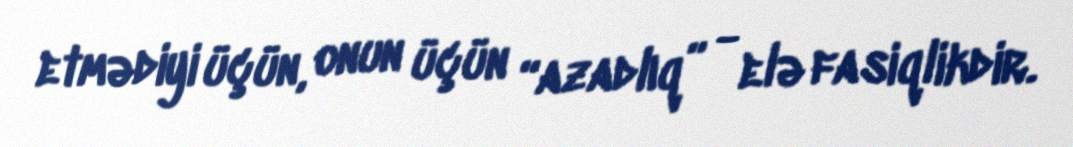
etmədiyi üçün, onun üçün “azadlıq” - elə fasiqlikdir.